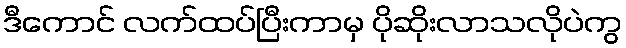
ဒီကောင် လက်ထပ်ပြီးကာမှ ပိုဆိုးလာသလိုပဲကွ